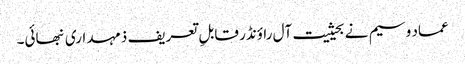
عماد وسیم نے بحیثیت آل راؤنڈر قابلِ تعریف ذمہداری نبھائی۔